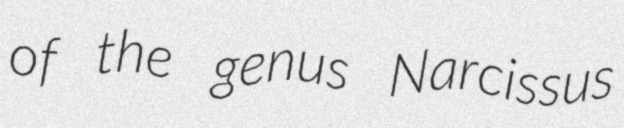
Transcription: of the genus Narcissus